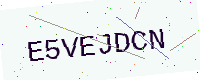
Text: E5VEJDCN